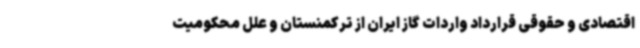
اقتصادی و حقوقی قرارداد واردات گاز ایران از ترکمنستان و علل محکومیت